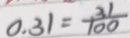
0 . 3 1 = \frac { 3 1 } { 1 0 0 }